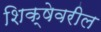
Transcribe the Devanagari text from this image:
शिक्षेवरील